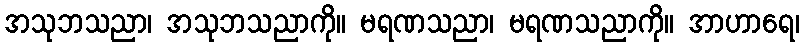
အသုဘသညာ၊ အသုဘသညာကို။ မရဏသညာ၊ မရဏသညာကို။ အာဟာရေ၊